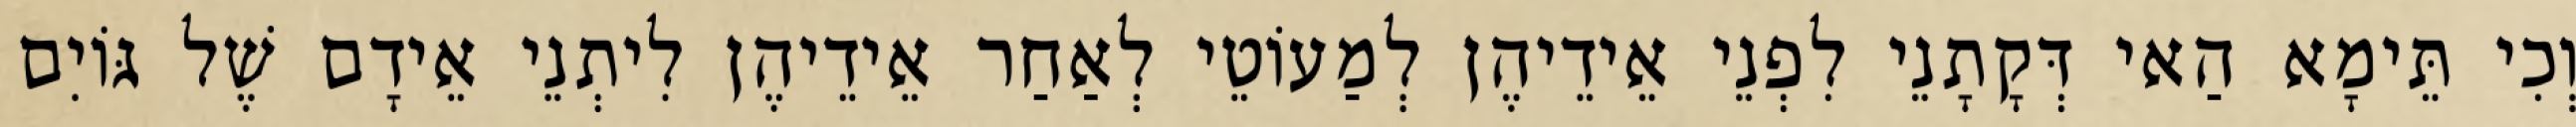
וְכִי תֵּימָא הַאי דְּקָתָנֵי לִפְנֵי אֵידֵיהֶן לְמַעוֹטֵי לְאַחַר אֵידֵיהֶן לִיתְנֵי אֵידָם שֶׁל גּוֹיִם